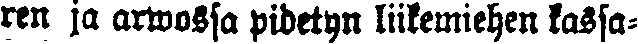
ren ja arwossa pidetyn liikemiehen kassa-